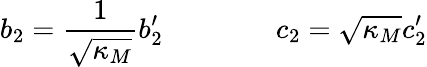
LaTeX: b_{2}=\frac{1}{\sqrt{\kappa_{M}}}b_{2}^{\prime}\qquad\qquad c_{2}=\sqrt{\kappa_{M}}c_{2}^{\prime}